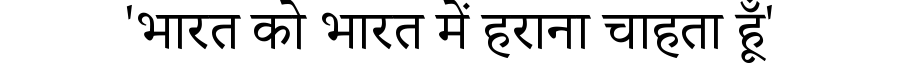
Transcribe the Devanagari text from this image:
'भारत को भारत में हराना चाहता हूँ'